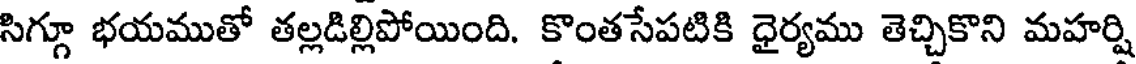
సిగ్గూ భయముతో తల్లడిల్లిపోయింది. కొంతసేపటికి ధైర్యము తెచ్చికొని మహర్షి